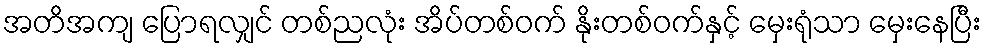
အတိအကျ ပြောရလျှင် တစ်ညလုံး အိပ်တစ်ဝက် နိုးတစ်ဝက်နှင့် မှေးရုံသာ မှေးနေပြီး